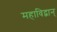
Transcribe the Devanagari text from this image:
महाविद्वान्